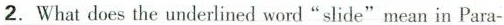
2.What does the underlined word "slide"mean in Para